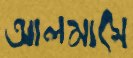
আলমাসে